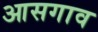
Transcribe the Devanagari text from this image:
आसगाव